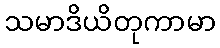
သမာဒိယိတုကာမာ